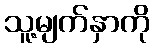
သူ့မျက်နှာကို